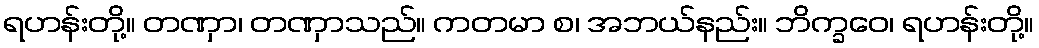
ရဟန်းတို့။ တဏှာ၊ တဏှာသည်။ ကတမာ စ၊ အဘယ်နည်း။ ဘိက္ခဝေ၊ ရဟန်းတို့။